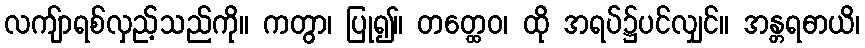
လကျ်ာရစ်လှည့်သည်ကို။ ကတွာ၊ ပြု၍။ တတ္ထေဝ၊ ထို အရပ်၌ပင်လျှင်။ အန္တရဓာယိ၊